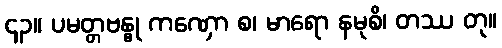
၄၃။ ပမတ္တဗန္ဓု ကဏှော စ၊ မာရော နမုစိ၊ တဿ တု။